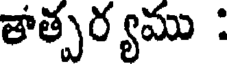
తాత్పర్యము :